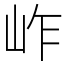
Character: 岞